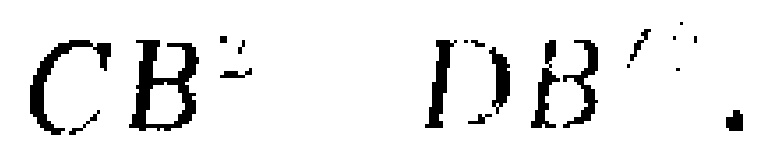
$CB^{2} \  DB'$